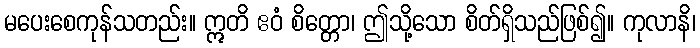
မပေးစေကုန်သတည်း။ ဣတိ ဧဝံ စိတ္တော၊ ဤသို့သော စိတ်ရှိသည်ဖြစ်၍။ ကုလာနိ၊